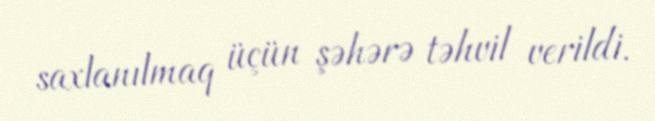
saxlanılmaq üçün şəhərə təhvil verildi.